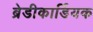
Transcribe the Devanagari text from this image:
ब्रेडीकार्डियक